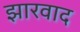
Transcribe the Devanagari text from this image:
झारवाद